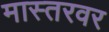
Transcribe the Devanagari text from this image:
मास्तरवर